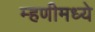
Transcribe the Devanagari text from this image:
म्हणीमध्ये